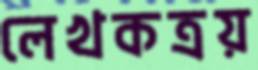
লেখকত্রয়